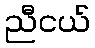
ညီငယ်